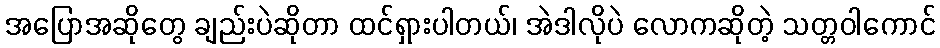
အပြောအဆိုတွေ ချည်းပဲဆိုတာ ထင်ရှားပါတယ်၊ အဲဒါလိုပဲ လောကဆိုတဲ့ သတ္တဝါကောင်